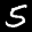
Label: 5